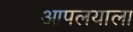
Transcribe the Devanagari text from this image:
आपलयाला